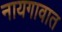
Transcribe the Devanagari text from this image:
नायगावात